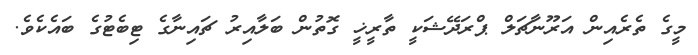
މީގެ ތެރެއިން އަރޫނާޗަލް ޕްރަދޭޝަކީ ތާރީޚީ ގޮތުން ބަލާއިރު ޗައިނާގެ ޓިބެޓުގެ ބައެކެވެ.